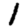
Digit: 1